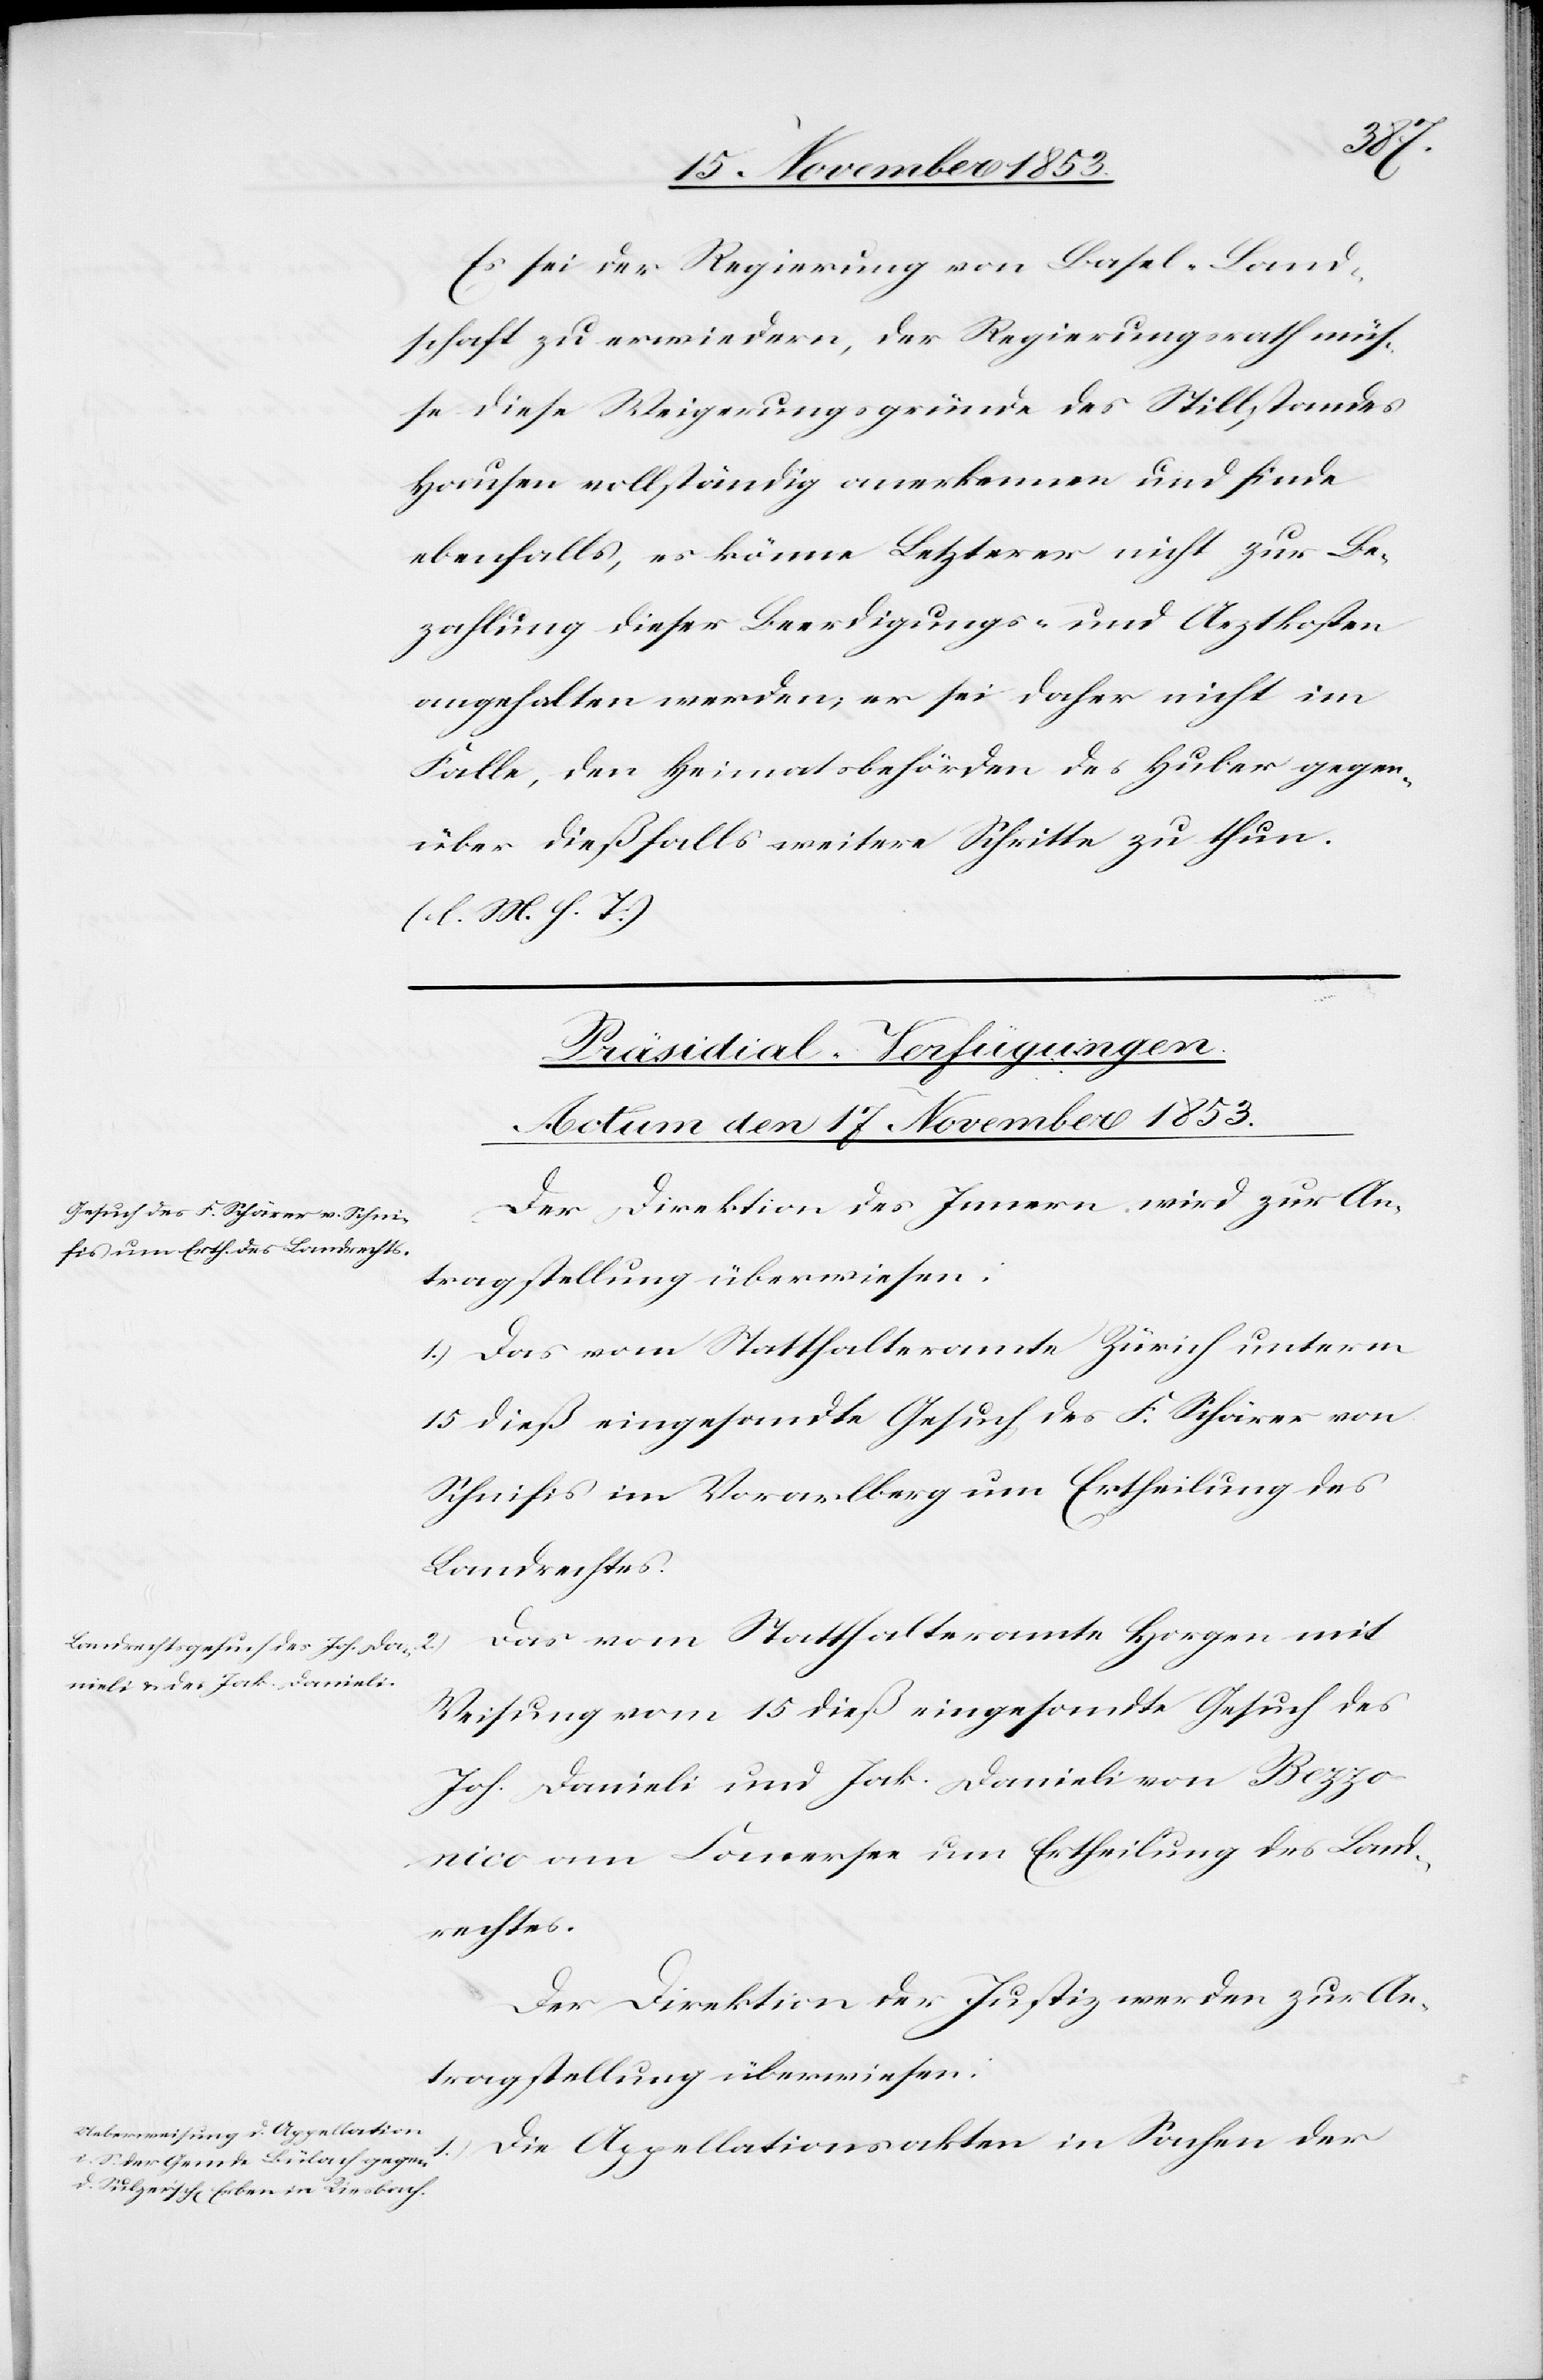
Es sei der Regierung von Basel-Land¬
schaft zu erwiedern, der Regierungsrath müs¬
se diese Weigerungsgründe des Stillstandes
Hausen vollständig anerkennen und finde
ebenfalls, es könne Letzterer nicht zur Be¬
zahlung dieser Beerdigungs- und Arztkosten
angehalten werden, er sei daher nicht im
Falle, den Heimatsbehörden des Huber gegen¬
über dießfalls weitere Schritte zu thun.
[l. M. h. T]
[Präsidial-Verfügungen.
Actum den 17 November 1853.]
Der Direktion des Innern wird zur An¬
tragstellung überwiesen:
1.) Das vom Statthalteramte Zürich unterm
15 dieß eingesandte Gesuch des F. Schärer von
Schnifis im Vorarlberg um Ertheilung des
Landrechtes.
Das vom Statthalteramte Horgen mit
2.)
Weisung vom 15 dieß eingesandte Gesuch des
Joh. Danieli und Jak. Danieli von Bezzo¬
nico am Comersee um Ertheilung des Land¬
rechtes.
Der Direktion der Justiz werden zur An¬
tragstellung überwiesen:
1.) Die Appellationen in Sachen der